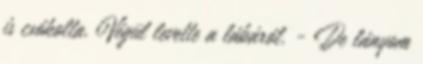
is csókolta. Végül levette a lábáról. - De lányom